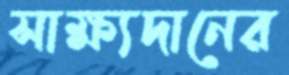
সাক্ষ্যদানের